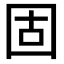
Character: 固